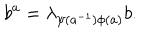
LaTeX: b ^ { a } = \lambda _ { \psi ( a ^ { - 1 } ) \phi ( a ) } b .